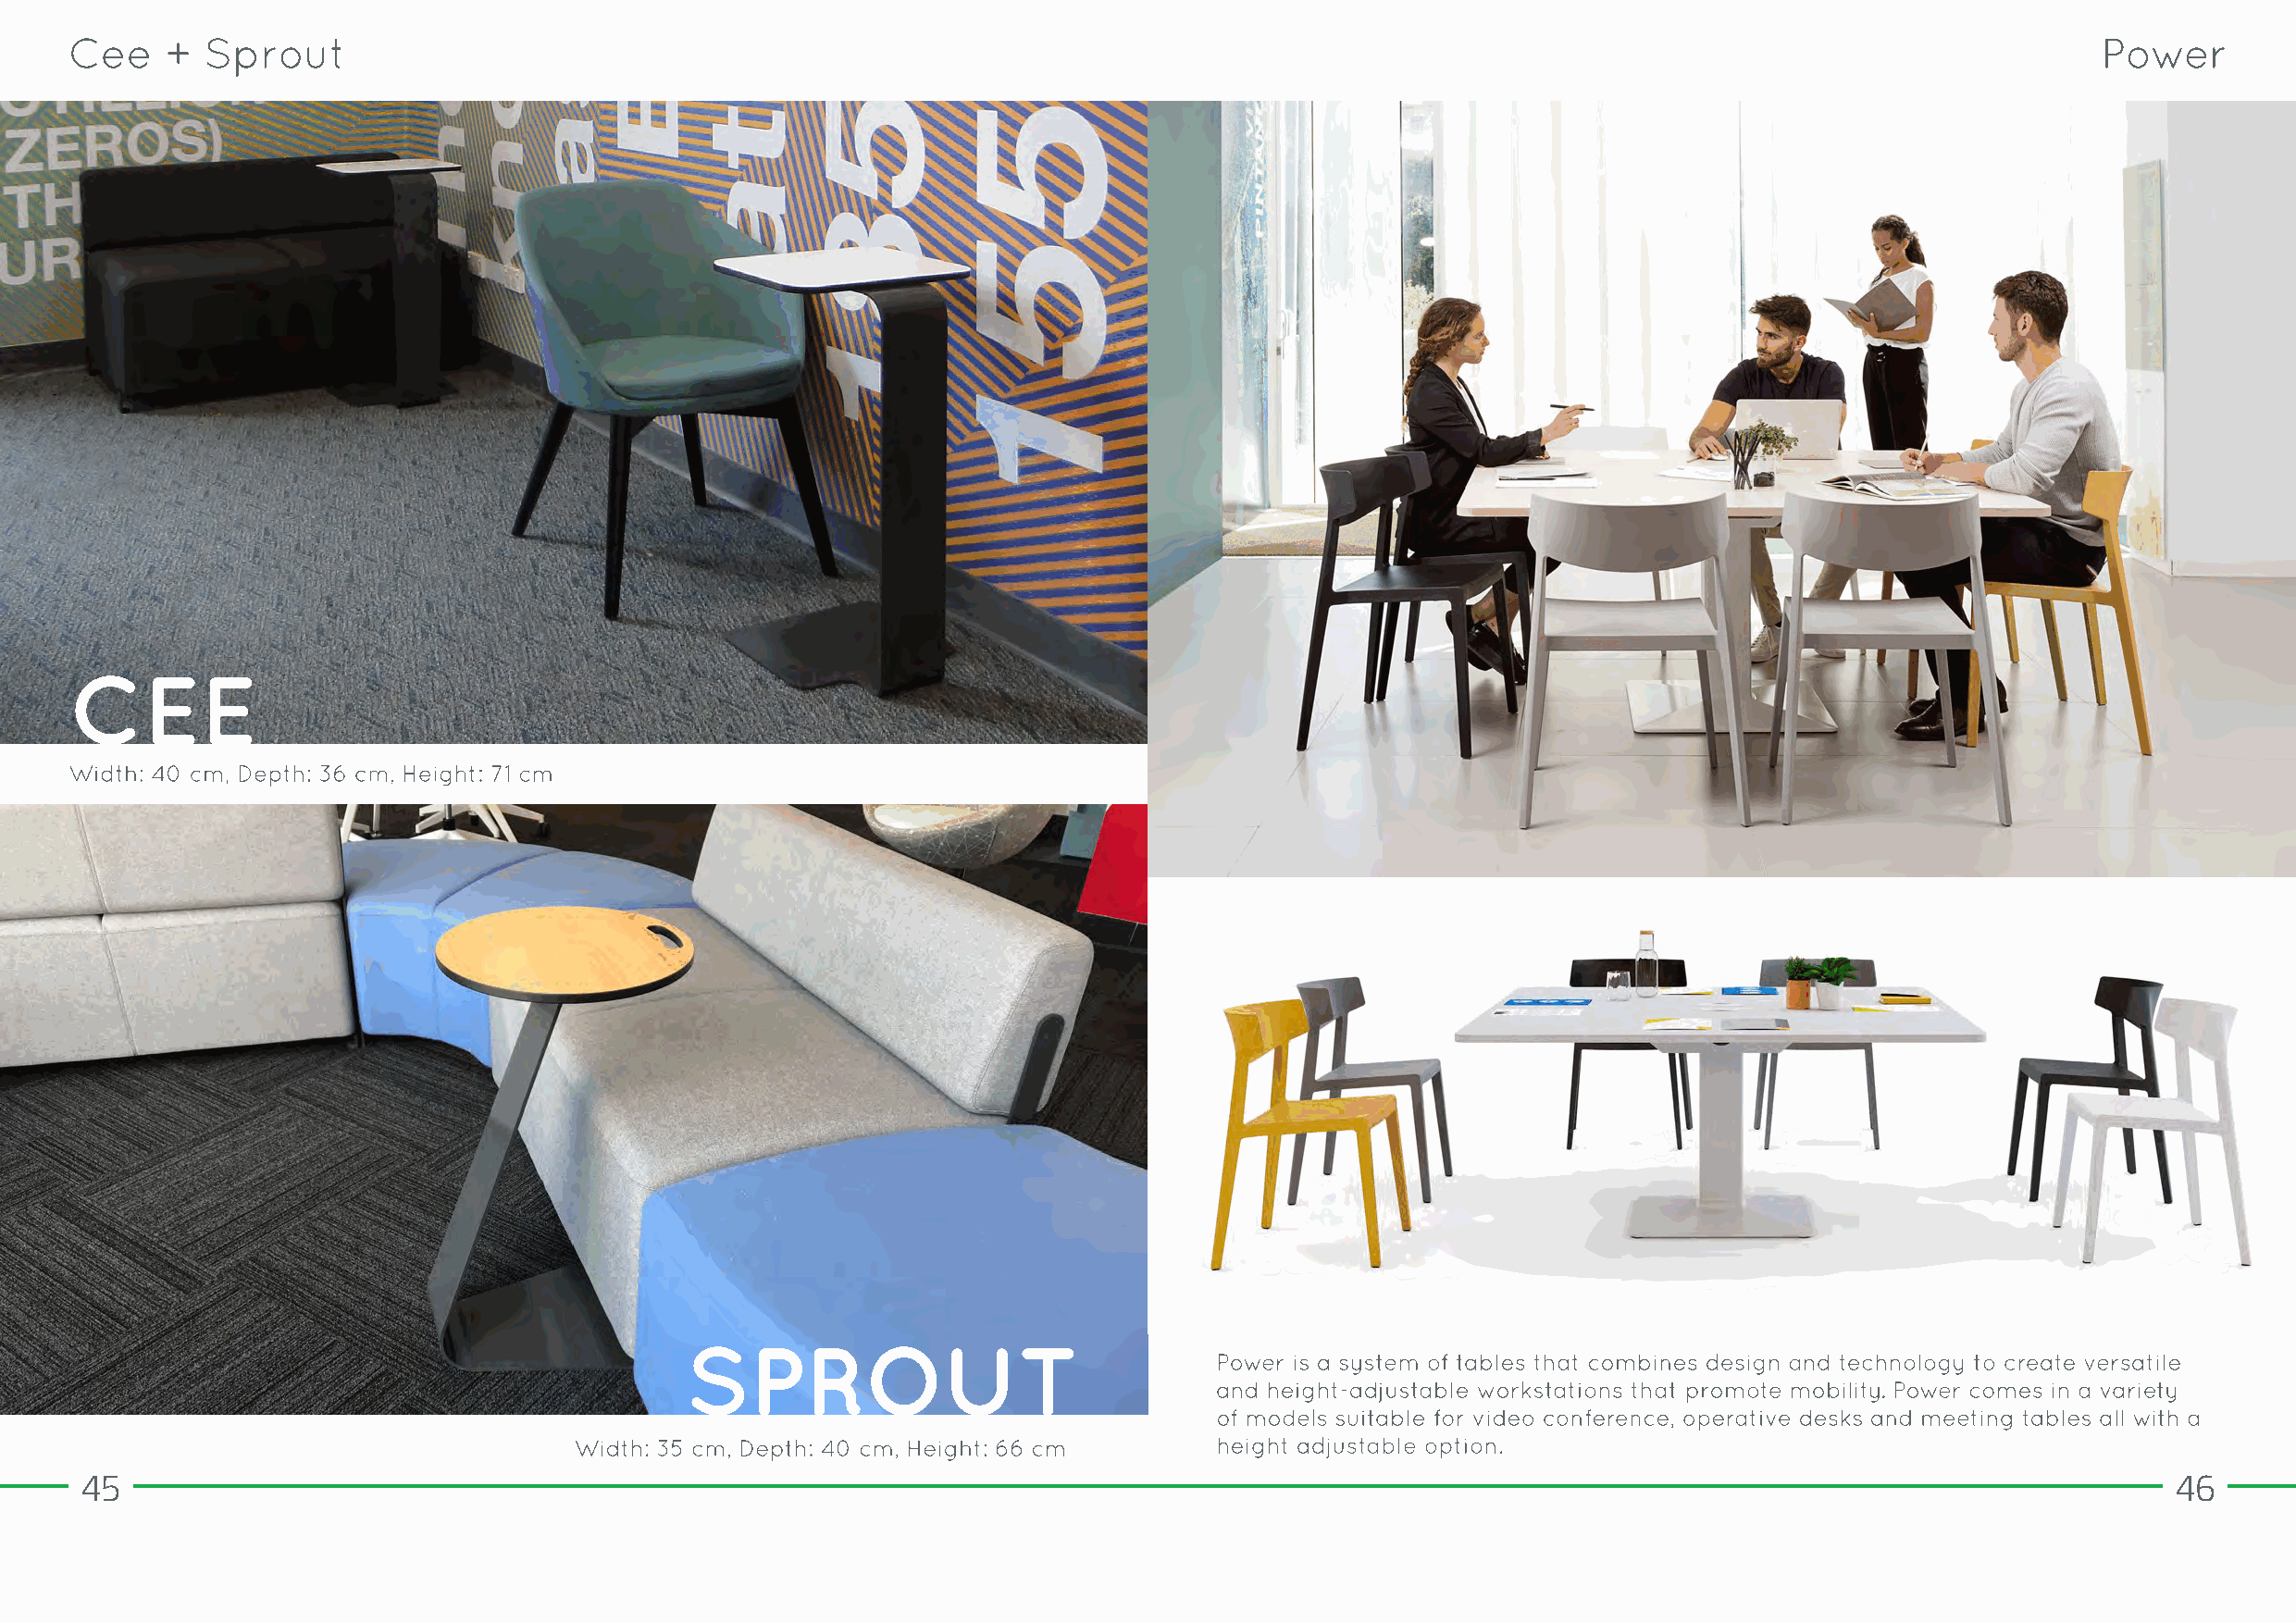
45                                                                                                                                                    46